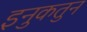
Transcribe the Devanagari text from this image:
इनुकतुन